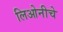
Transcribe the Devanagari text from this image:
लिओनीचे